Vaccination Hyderabad 1890-1903 - 1890-1903
Year: 1890
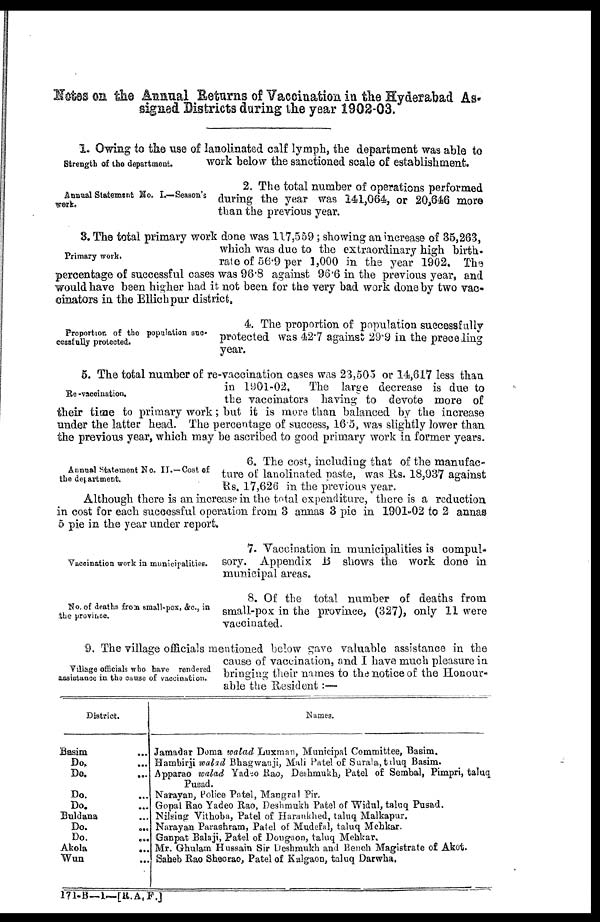
Notes on the Annual Returns of Vaccination in the Hyderabad As-
signed Districts during the year 1902-03.
1. Owing to the use of lanolinated calf lymph, the department was able to
strength of the department.
work below the sanctioned scale of establishment.
Annual Statement No. I— Season's
work.
2. The total number of operations performed
during the year was 141,064, or 20,646 more
than the previous year.
Primary work.
3. The total primary work done was 117,559; showing an increase of 35,263,
which was due to the extraordinary high birth-
rate of 56.9 per 1,000 in the year 1902. The
percentage of successful cases was 96.8 against 96.6 in the previous year, and
would have been higher had it not been for the very bad work done by two vac-
cinators in the Ellichpur district.
Proportion of the population suc
cessfully protected.
4. The proportion of population successfully
protected was 42.7 against 29.9 in the preceding
year.
Re -vaccination.
5. The total number of re-vaccination cases was 23,505 or 14,617 less than
in 1901-02,
The large decrease is due to
the vaccinators having to devote more of
their time to primary work; but it is more than balanced by the increase
under the latter head. The percentage of success, 16.5, was slightly lower than
the previous year, which may be ascribed to good primary work in former years.
Annual Statement No. II.—Cost of
the department.
6. The cost, including that of the manufac-
ture of lanolinated paste, was Rs. 18,937 against
Rs. 17,626 in the previous year.
Although there is an increase in the total expenditure, there is a reduction
in cost for each successful operation from 3 annas 3 pie in 1901-02 to 2 annas
5 pie in the year under report.
Vaccination work in municipalities.
7. Vaccination in municipalities is compul-
sory. Appendix B shows the work done in
municipal areas.
No. of deaths from small-pox, &c., in
the province.
8. Of the total number of deaths from
small-pox in the province, (327), only 11 were
vaccinated.
Village officials who have rendered
assistance in the cause of vaccination.
9. The village officials mentioned below gave valuable assistance in the
cause of vaccination, and I have much pleasure in
bringing their names to the notice of the Honour-
able the Resident:—
District.
Basim
...
Do. ...
Do. ...
Do. ...
Do. ...
Buldana ...
Do.
...
Do. ...
Akola
...
Wun ...
Names.
Jamadar Doma walad Luxman, Municipal Committee, Basim.
Hambirji walad Bhagwanji, Mali Patel of Surala,taluq Basim.
Apparao walad Yadeo Rao, Deshmukh, Patel of Sembal, Pimpri, taluq
Pusad.
Narayan, Police Patel, Mangral Pir.
Gopal Rao Yadeo Rao, Deshmukh Patel of Widal, taluq Pusad.
Nilsing Vithoba, Patel of Harankhed, taluq Malkapur.
Narayan Parashram, Patel of Mudefal, taluq Mehkar.
Oanpat Balaji, Patel of Dougaon, taluq Mehkar.
Mr. Ghulam Hussain Sir Deshmukh and Bench Magistrate of Akot.
Saheb Rao Sheorao, Patel of Kalgaon, taluq Darwha.
171-B—l—[R. A.F.]